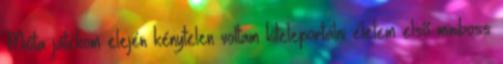
Mióta játékom elején kénytelen voltam kiteleportálni életem első miniboss